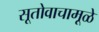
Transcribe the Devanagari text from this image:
सूतोवाचामूळे